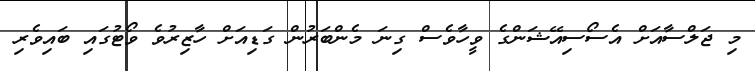
މި ޖަލްސާއަށް އެސޯސިއޭޝަންގެ ވީހާވެސް ގިނަ މެންބަރުން ގަޑިއަށް ހާޒިރުވެ ވޯޓުގައި ބައިވެރި